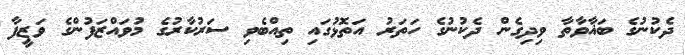
ދެކުނުގެ ބަޣާވާތާ ވިދިގެން ދެކުނުގެ ހަތަރު އަތޮޅުގައި ތިއްބެވި ސަރުކާރުގެ މުވައްޒަފުންގެ ވަޒީފާ